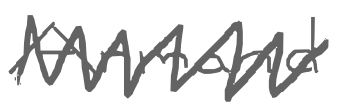
Text: Armand
Cross-out: zig-zag
Writing tool: digital_gray